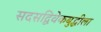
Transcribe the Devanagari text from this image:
सदसद्विवेकबुद्धीला